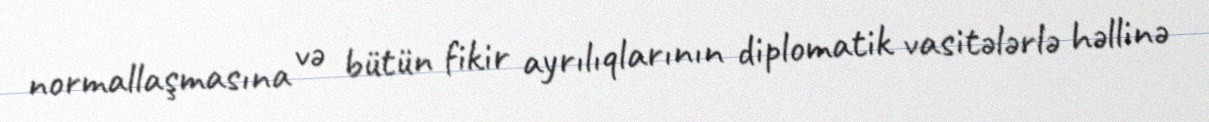
normallaşmasına və bütün fikir ayrılıqlarının diplomatik vasitələrlə həllinə